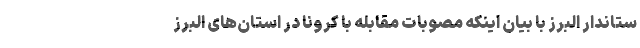
ستاندار البرز با بیان اینکه مصوبات مقابله با کرونا در استان‌های البرز